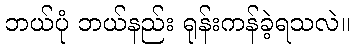
ဘယ်ပုံ ဘယ်နည်း ရုန်းကန်ခဲ့ရသလဲ။